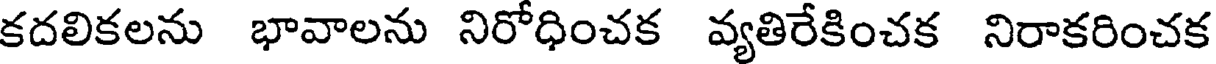
కదలికలను భావాలను నిరోధించక వ్యతిరేకించక నిరాకరించక